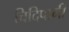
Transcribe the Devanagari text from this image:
चिदिपानी